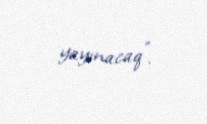
yayınacaq”.